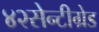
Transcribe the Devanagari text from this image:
४२सेन्टीग्रेड